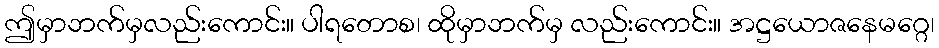
ဤမှာဘက်မှလည်းကောင်း။ ပါရတောစ၊ ထိုမှာဘက်မှ လည်းကောင်း။ အဋ္ဌယောဇနေမဂ္ဂေ၊